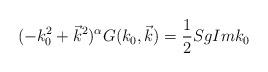
LaTeX: \begin{align*}(-k_0^2+\vec{k}^2)^\alpha G(k_0,\vec{k})=\frac{1}{2}Sg Im k_0\end{align*}